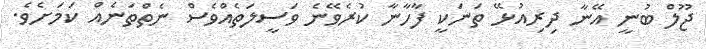
ޖޫލް ބުނީ އޭނާ ދިރިއުޅޭ ތަނަކީ ފާހާނާ ކުރެވޭނެ ވަސީލަތެއްވެސް ނެތްތަނެއް ކަަމަށެވެ.